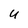
Character: U